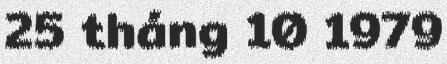
25 tháng 10 1979